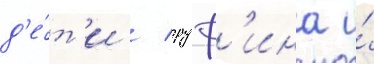
д'е́т'и / руф'ина и́